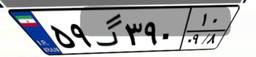
۵۹گ۳۹۰۱۰